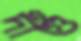
দীগু